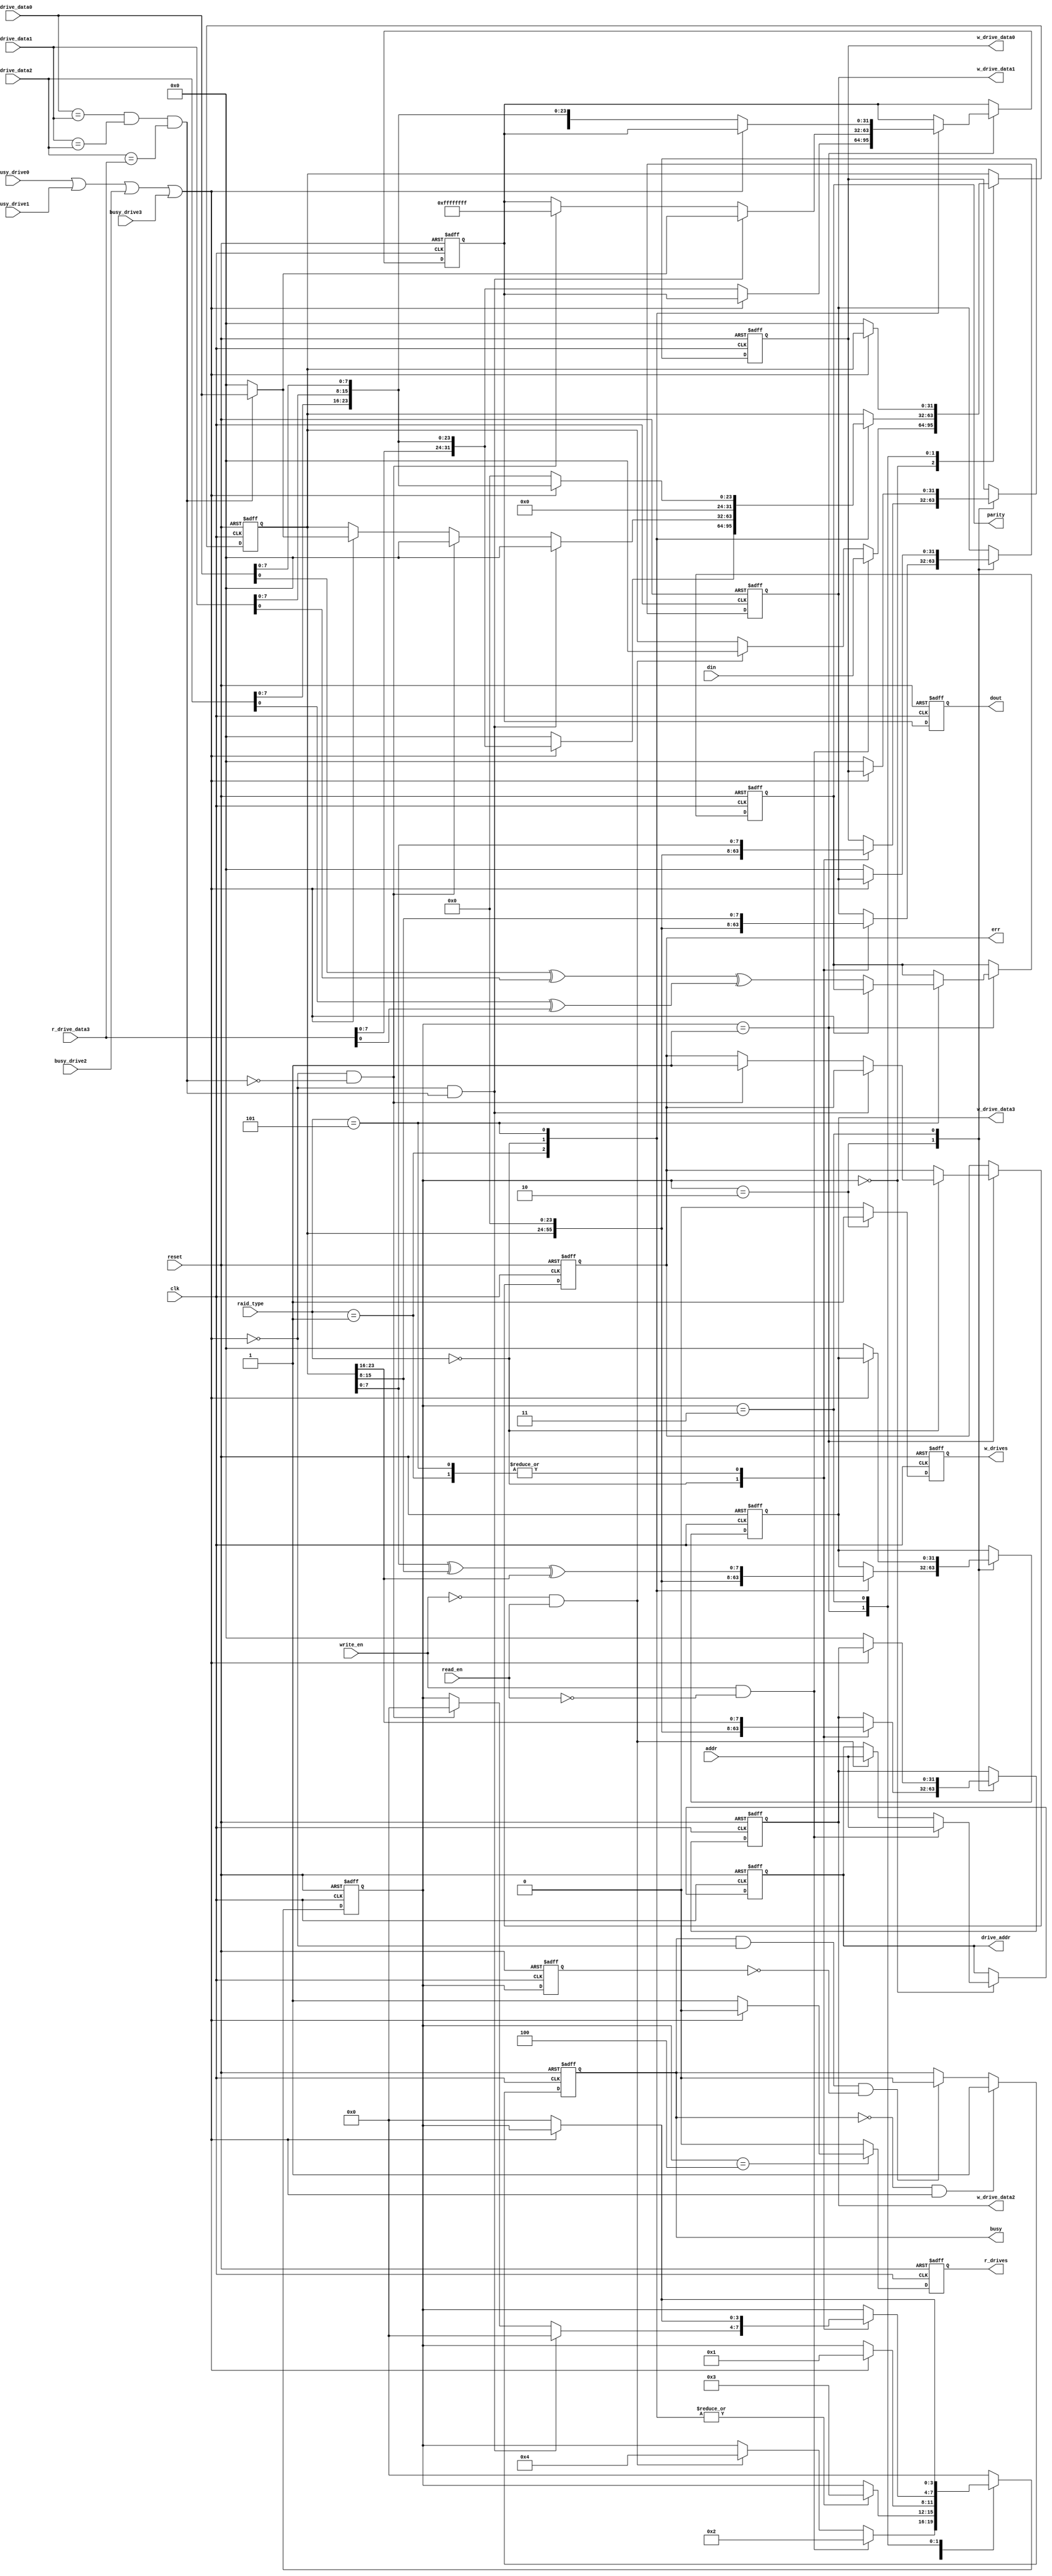
/* RAID Control */
`default_nettype none
`timescale 1ns/1ns

/* RAID type definitions */
`define TYPE_RAID0	1
`define TYPE_RAID1	0	/* Default, since simplest */
`define TYPE_RAID5	5

/* Assume 32 bit address, 32 bit data for now. Will parameterize later.
* Output data will also be 32 bits to make things simpler on this side */

module raid #(
		parameter NDRIVES = 4
	)
	(
		input				reset,
		input				clk,
		input				read_en,
		input				write_en,

		/* Host connection  */
		input      [31:0]	din,
		input      [31:0]	addr,
		output reg [31:0]	dout,
		output reg			busy,
		output reg			parity,		/* parity error that is non recoverable */
		output reg			err,		/* error flag on raid0 consistency */
		input [3:0]			raid_type,

		/* Drive controller connection */
		output reg			w_drives,
		output reg			r_drives,
		output reg [31:0]	drive_addr,
		input				busy_drive0,
		input				busy_drive1,
		input				busy_drive2,
		input				busy_drive3,

		input      [31:0]	r_drive_data0,
		input      [31:0]	r_drive_data1,
		input      [31:0]	r_drive_data2,
		input      [31:0]	r_drive_data3,

		output reg [31:0]	w_drive_data0,
		output reg [31:0]	w_drive_data1,
		output reg [31:0]	w_drive_data2,
		output reg [31:0]	w_drive_data3

	);

	/* Statemachine for operation */
	`define OP_NOP	 		0
	`define OP_READ	 		1
	`define OP_WRITE	 	2
	`define OP_WRITE_FINISH 3 /* Waiting for write to finish */
	`define OP_READ_WAIT	4
	reg [3:0] op;
	reg [3:0] last_op;

	/* Temporary storage */
	//reg [31:0] tmp_addr;
	reg [31:0] tmp_data;


	/* Busy connection tying all drives together */
	wire drive_busy;
	assign drive_busy = busy_drive0 | busy_drive1 | busy_drive2 | busy_drive3;


	/* RAID 0 wires */
	
	/* Write */
	wire [7:0] w_raid0_d0;
	wire [7:0] w_raid0_d1;
	wire [7:0] w_raid0_d2;
	wire [7:0] w_raid0_d3;

	assign w_raid0_d0 = tmp_data[7:0];
	assign w_raid0_d1 = tmp_data[15:8];
	assign w_raid0_d2 = tmp_data[23:16];
	assign w_raid0_d3 = tmp_data[31:24];

	/* Read */
	wire [31:0] r_raid0;
	assign r_raid0 = { r_drive_data3[7:0], r_drive_data2[7:0], r_drive_data1[7:0], r_drive_data0[7:0]};

	/* RAID 1 wires */

	/* Equivalence check needed for read */
	wire eq_d0d1; 
    wire eq_d1d2;
    wire eq_d2d3; 
    wire r_raid1_eq;
	assign eq_d0d1 = (r_drive_data0 == r_drive_data1);
	assign eq_d1d2 = (r_drive_data1 == r_drive_data2);
	assign eq_d2d3 = (r_drive_data2 == r_drive_data3);
	assign r_raid1_eq = (eq_d0d1 && eq_d1d2 && eq_d2d3);
	
	/* Write */
	wire [31:0] w_raid1_d0;
    wire [31:0] w_raid1_d1;
    wire [31:0] w_raid1_d2;
    wire [31:0] w_raid1_d3;

	assign w_raid1_d0 = tmp_data;
	assign w_raid1_d1 = tmp_data;
	assign w_raid1_d2 = tmp_data;
	assign w_raid1_d3 = tmp_data;

	/* Read */

	/* Only use drive 0 if all equivalent, need to figure out other handling to
	* make this better. As in use the most common data output, instead of only
	* relying on them all being consistent */
	wire [31:0] r_raid1;
	assign r_raid1 = ( r_raid1_eq ) ? r_drive_data0 : 32'b0;

	/* RAID 5 wires */

	/* Read */

	/* Only 24 bits because byte 3 is parity */
	wire [31:0] r_raid5;
	assign r_raid5 = { {8'b0}, r_drive_data2[7:0], r_drive_data1[7:0], r_drive_data0[7:0]};

	/* parity check */
	wire [7:0] r_raid5_parity_d0d1;
    wire [7:0] r_raid5_parity_d2d3;
	assign r_raid5_parity_d0d1 = r_drive_data0[7:0] ^ r_drive_data1[7:0];
	assign r_raid5_parity_d2d3 = r_drive_data2[7:0] ^ r_drive_data3[7:0];

	/* If no issues, then should be zero ( xor with itself is zero )*/
	wire r_raid5_parity_err;
	assign r_raid5_parity_err = r_raid5_parity_d0d1 ^ r_raid5_parity_d2d3;


	/* Write */
	/* Parity calculations */
	wire [7:0] w_raid5_parity_d0d1;
    wire [7:0] w_raid5_parity;
	assign w_raid5_parity_d0d1 = tmp_data[7:0] ^ tmp_data[15:8];
	assign w_raid5_parity      = w_raid5_parity_d0d1 ^ tmp_data[23:16];

	wire [7:0] w_raid5_d0;
    wire [7:0] w_raid5_d1;
    wire [7:0] w_raid5_d2;
    wire [7:0] w_raid5_d3;
	assign w_raid5_d0 = tmp_data[7:0];
	assign w_raid5_d1 = tmp_data[15:8];
	assign w_raid5_d2 = tmp_data[23:16];
	assign w_raid5_d3 = w_raid5_parity;

	reg [31:0] dout_tmp;

	always @( posedge clk or posedge reset ) begin
		if( reset ) begin
			dout <= 0;
			busy <= 1;
			parity <= 0;
			err <= 0;

			w_drives <= 0;
			r_drives <= 0;

			w_drive_data0 <= 0;
			w_drive_data1 <= 0;
			w_drive_data2 <= 0;
			w_drive_data3 <= 0;

			op <= `OP_NOP;
			tmp_data <= 0;

			drive_addr <= 0;
			last_op <= `OP_NOP;

			dout_tmp <= 0;

		end
		else begin

			/* Store previous OP */
			last_op <= op;
		
			/* Busy when drives are, but don't set busy otherwise. */
			if( (busy == 0) && (drive_busy) ) begin
				busy <= 1'b1;
			end
			else if( (busy == 1) && (!drive_busy) && (last_op == `OP_NOP ) )begin
				busy <= 1'b0;
			end
			w_drives <= 1'b0;
			r_drives <= 1'b0;

			dout <= dout_tmp;

			case ( op )
				`OP_NOP: begin
					/* Determine operation */
					if( write_en && !read_en ) begin
						/* Writing */
						op <= `OP_WRITE;
						drive_addr <= addr;
						/* Output write signal, next cycle */
						w_drives <= 1'b0;
						r_drives <= 1'b0;

						/* save input data */
						tmp_data <= din;
						
					end
					else if( !write_en && read_en ) begin
						/* Reading */
						op <= `OP_READ_WAIT;
						drive_addr <= addr;
						/* Output read signal next cycle */
						w_drives <= 1'b0;
						r_drives <= 1'b0;

						/* Make sure input register is clear */
						tmp_data <= 0;
						
					end
				end
				
				`OP_WRITE: begin
					w_drives <= 1'b1;
					r_drives <= 1'b0;
					case ( raid_type )
						`TYPE_RAID0: begin
							/* Data striping. Only use 8 bits, since it is simpler */
							w_drive_data0 <= w_raid0_d0;
							w_drive_data1 <= w_raid0_d1;
							w_drive_data2 <= w_raid0_d2;
							w_drive_data3 <= w_raid0_d3;
							op <= `OP_WRITE_FINISH;
		
						end
		
						`TYPE_RAID1: begin
							/* Copy to all outputs */
							w_drive_data0 <= w_raid1_d0;
							w_drive_data1 <= w_raid1_d1;
							w_drive_data2 <= w_raid1_d2;
							w_drive_data3 <= w_raid1_d3;
							op <= `OP_WRITE_FINISH;
		
						end
		
						`TYPE_RAID5: begin
							/* Write 24 bits, with parity */
							w_drive_data0 <= w_raid5_d0;
							w_drive_data1 <= w_raid5_d1;
							w_drive_data2 <= w_raid5_d2;
							w_drive_data3 <= w_raid5_d3;
							op <= `OP_WRITE_FINISH;
						end
		
					endcase 
				end

				`OP_READ_WAIT: begin
					if( drive_busy ) begin
						w_drives <= 1'b0;
						r_drives <= 1'b0;
						op <= `OP_READ;
					end
					else begin
						w_drives <= 1'b0;
						r_drives <= 1'b1;
					end
				end

				`OP_READ: begin
					case ( raid_type )
						`TYPE_RAID0: begin
							/* Read */
							if( !drive_busy ) begin
								dout_tmp <= r_raid0;
//								w_drives <= 1'b0;
//								r_drives <= 1'b0;
								op <= `OP_NOP;
								tmp_data <= 0;
							end
							/* Still busy, keep reading */
							else begin
								tmp_data <= r_raid0;
							end
						end
		
						`TYPE_RAID1: begin
							/* Copied data */
							/* Check if data is ready, and no issues */
							if( !drive_busy && r_raid1_eq ) begin
								dout_tmp <= r_raid1;//tmp_data;
								op <= `OP_NOP;
//								w_drives <= 1'b0;
//								r_drives <= 1'b0;
								tmp_data <= 0;
							end

							/* Data integrity is broken, raise error, no data
							* out */
							else if( !drive_busy && !r_raid1_eq ) begin
								err <= 1'b1;
								dout_tmp <= 32'hFFFFFFFF;
								op <= `OP_NOP;
//								w_drives <= 1'b0;
//								r_drives <= 1'b0;
								tmp_data <= 0;
							end
							else if( drive_busy ) begin
								/* Keep reading in data, should be ready once
								* busy is over */
							   	
							   	tmp_data <= r_raid1;
							end
		
						end
		
						`TYPE_RAID5: begin
							if( !drive_busy ) begin
								/* Output parity status  */
								parity <= r_raid5_parity_err;
								op <= `OP_NOP;
//								w_drives <= 1'b0;
//								r_drives <= 1'b0;
								dout_tmp <= r_raid5;
								tmp_data <= 0;
							end
							else begin
								/* Keep reading in data, should be complete
								* once busy is over */
							    tmp_data <= r_raid5;

							end
						end
		
					endcase 


				end
				`OP_WRITE_FINISH: begin
					w_drives <= 1'b0;
					r_drives <= 1'b0;
					/* Need to wait for busy signals to clear before continuing */
					if( !drive_busy ) begin
						op <= `OP_NOP;
						/* Clean up signals */
//						w_drives <= 1'b0;
//						r_drives <= 1'b0;
						tmp_data <= 0;
//						busy <= 1'b0;

						w_drive_data0 <= 0;
						w_drive_data1 <= 0;
						w_drive_data2 <= 0;
						w_drive_data3 <= 0;
					end


				end

				default: begin
						op <= `OP_NOP;
				end



			endcase 


		end

	end
	

	/* Formal verification */
	`ifdef FORMAL
		reg past_available = 0;
			initial begin
				assume(reset);
			end
			always @(posedge clk) begin
			assume( addr != 0 );

			assume( din != 0 );
			assume( din[7:0] != 0 );
			assume( din[15:8] != 0 );
			assume( din[23:16] != 0 );

			assume( (raid_type == `TYPE_RAID0) || (raid_type == `TYPE_RAID1) || (raid_type == `TYPE_RAID5) );

			/* Setup $past */
			past_available <= 1'b1;

			if( past_available && $past(reset) && !reset ) begin
				assume( addr == $past(addr) );

				case ( op )
					`OP_NOP: begin
						/* Should not have anything asserted right now */
						nop_wsig: assert(w_drives == 0);
						nop_rsig: assert(r_drives == 0);
						nop_prevop: assert( ($past(op) == `OP_READ) || ($past(op) == `OP_WRITE_FINISH) || $past(op) == `OP_NOP);
						cover_nop_read: cover( ($past(op) == `OP_READ) ) ;
						cover_nop_write: cover( ($past(op) == `OP_WRITE_FINISH) ) ;
					end

					`OP_READ: begin
						read_prevsig: assert( ($past(write_en) == 0) && ($past(read_en) == 1) );
						read_wsig: assert(w_drives == 0);
						read_rsig: assert(r_drives == 1);
						read_prevop: assert( $past(op) == `OP_NOP );
						cover_read_nop: cover( $past(op) == `OP_NOP );

					end

					`OP_WRITE: begin
						write_prevsig: assert( ($past(write_en) == 1) && ($past(read_en) == 0) );
						write_wsig: assert(w_drives == 1);
						write_rsig: assert(r_drives == 0);
						write_prevop: assert( $past(op) == `OP_NOP );
						cover_write_prevop: cover( $past(op) == `OP_NOP );
					end

					`OP_WRITE_FINISH: begin
						write_finish_wsig: assert(w_drives == 0);
						write_finish_rsig: assert(r_drives == 0);
						write_finish_prevop: assert( $past(op) == `OP_WRITE );
						cover_write_finish_prevop: cover( $past(op) == `OP_WRITE );

					end


				endcase 


			end
		end

	`endif


endmodule